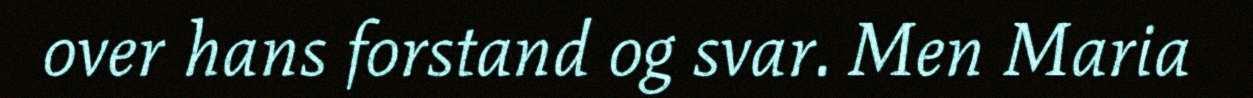
over hans forstand og svar. Men Maria